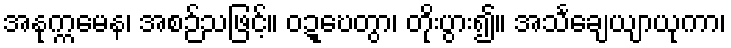
အနုက္ကမေန၊ အစဉ်သဖြင့်။ ဝဍ္ဎေတွာ၊ တိုးပွား၍။ အသင်္ချေယျာယုကာ၊